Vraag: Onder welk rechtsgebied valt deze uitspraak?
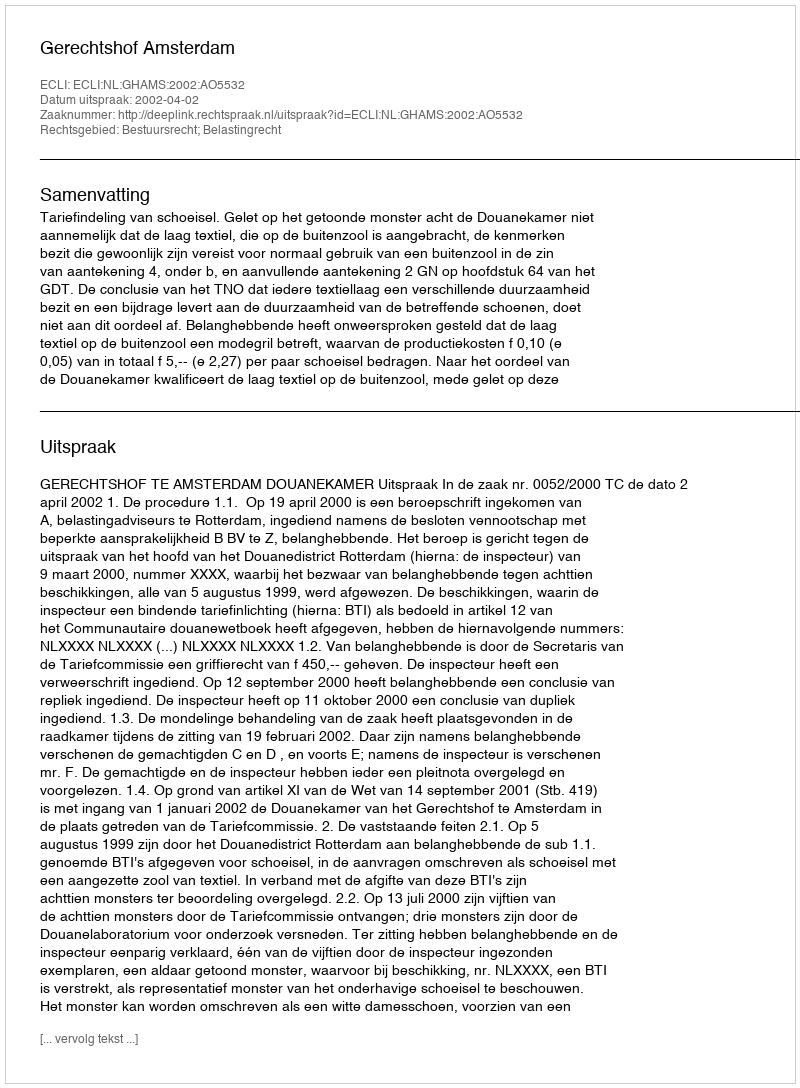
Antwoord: Bestuursrecht; Belastingrecht